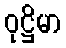
ဝုဋ္ဌိမာ